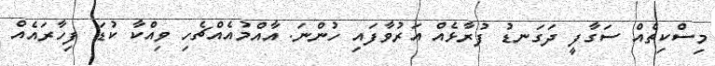
މިސްކިތެއް ސަގާފީ ދަގަނޑު ފުރާޅެއް އަރުވާފައި ހުންނަ. އާއްމުއެއްޗެހި ވިއްކާ ކުޑަ ފިހާރައެއް